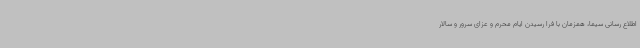
اطلاع رسانی سیما، همزمان با فرا رسیدن ایام محرم و عزای سرور و سالار